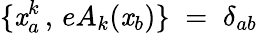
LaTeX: \{ \mathit{x}_{a}^{k}\, ,\, eA_{k}(\mathit{x}_{b})\} \; =\; \delta_{ab}